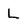
Character: L